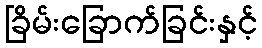
ခြိမ်းခြောက်ခြင်းနှင့်